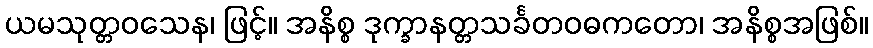
ယမသုတ္တဝသေန၊ ဖြင့်။ အနိစ္စ ဒုက္ခာနတ္တသင်္ခတဝဓကတော၊ အနိစ္စအဖြစ်။